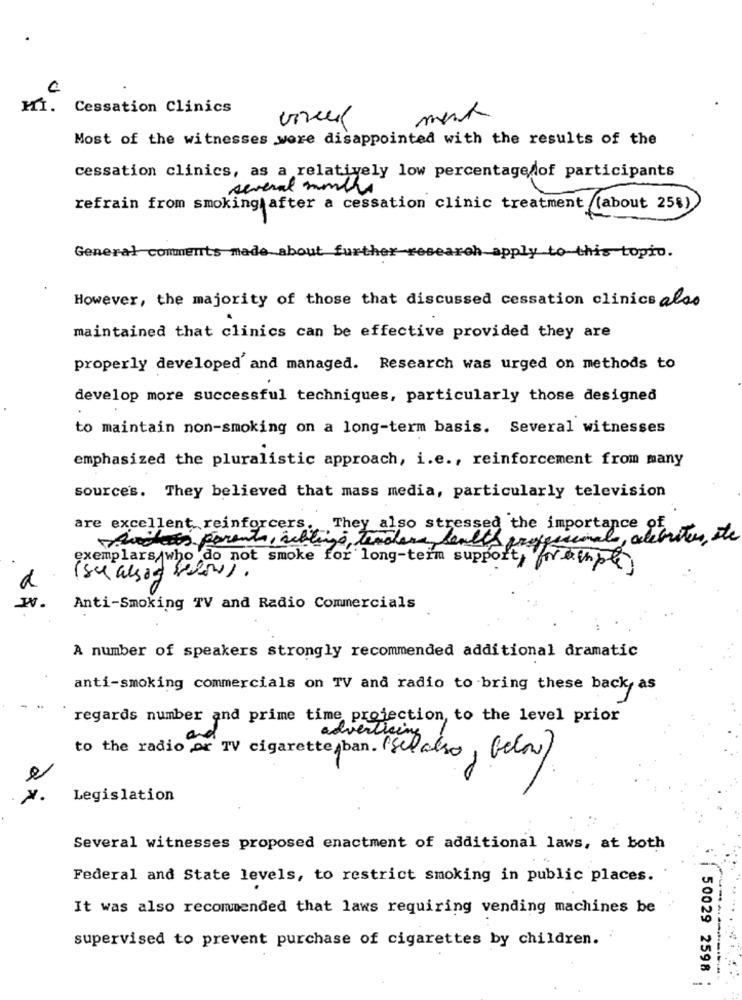
Cessation Clinics
Most of the witnesses were disappointed with the results of the
cessation clinics, as a relatively low percentage of participants
several months
refrain from smoking after a cessation clinic treatment (about 25%)
General comments made about further research apply to this topic.
However, the majority of those that discussed cessation clinics also
maintained that clinics can be effective provided they are
properly developed and managed. Research was urged on methods to
develop more successful techniques, particularly those designed
to maintain non-smoking on a long-term basis. Several witnesses
emphasized the pluralistic approach, i.e ., reinforcement from many
sources. They believed that mass media, particularly television
are excellent reinforcers. They also stressed the importance
Packets parents, siblings, teachers, health professionals, alebrites, de
exemplars who do not smoke for long-term support, frempl
(sul alsos belows.
Anti-Smoking TV and Radio Commercials
A number of speakers strongly recommended additional dramatic
anti-smoking commercials on TV and radio to bring these back, as
regards number and prime time projection, to the level prior
advertising
to the radio or TV cigarette ban. (Selalso, below)
Legislation
Several witnesses proposed enactment of additional laws, at both
Federal and State levels, to restrict smoking in public places.
It was also recommended that laws requiring vending machines be
supervised to prevent purchase of cigarettes by children.
- .
50029 2598